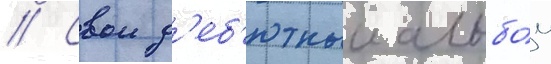
// Свои д'еб'ютныи альбо́м